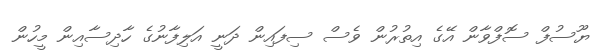
ޔޫސުފް ސޮފްވާން އޭގެ އިތުރުން ވެސް ސިފައިން ދަނީ އަލިފާނުގެ ހާދިސާއިން މީހުން